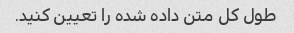
طول کل متن داده شده را تعیین کنید.